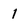
Character: I